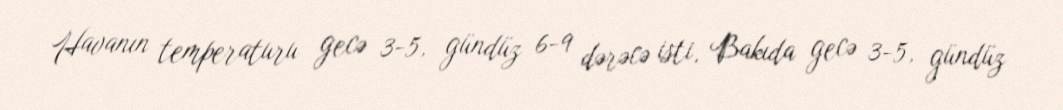
Havanın temperaturu gecə 3-5, gündüz 6-9 dərəcə isti, Bakıda gecə 3-5, gündüz